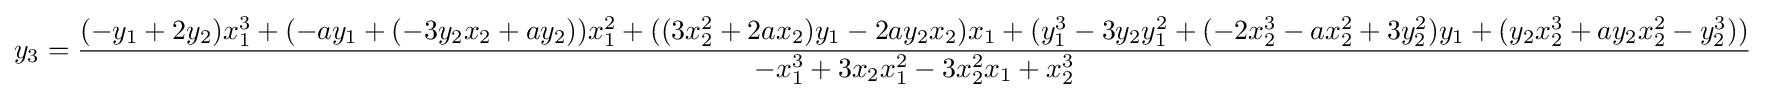
y_{3}={\frac {(-y_{1}+2y_{2})x_{1}^{3}+(-ay_{1}+(-3y_{2}x_{2}+ay_{2}))x_{1}^{2}+((3x_{2}^{2}+2ax_{2})y_{1}-2ay_{2}x_{2})x_{1}+(y_{1}^{3}-3y_{2}y_{1}^{2}+(-2x_{2}^{3}-ax_{2}^{2}+3y_{2}^{2})y_{1}+(y_{2}x_{2}^{3}+ay_{2}x_{2}^{2}-y_{2}^{3}))}{-x_{1}^{3}+3x_{2}x_{1}^{2}-3x_{2}^{2}x_{1}+x_{2}^{3}}}